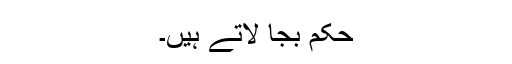
حکم بجا لاتے ہیں۔